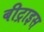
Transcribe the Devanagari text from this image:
बीट्राइस